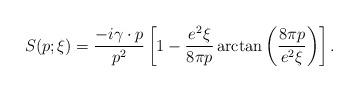
LaTeX: \begin{align*}S(p;\xi) = \frac{-i \gamma\cdot p}{p^2} \left[1 - \frac{e^2\xi}{8\pi p} \arctan \left(\frac{8\pi p}{e^2\xi}\right) \right]. \end{align*}